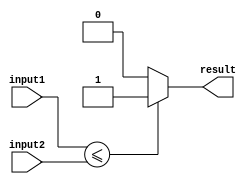
module LessThanOrEqualComparator (
    input [7:0] input1,
    input [7:0] input2,
    output reg result
);

always @* begin
    if (input1 <= input2) begin
        result = 1;
    end else begin
        result = 0;
    end
end

endmodule